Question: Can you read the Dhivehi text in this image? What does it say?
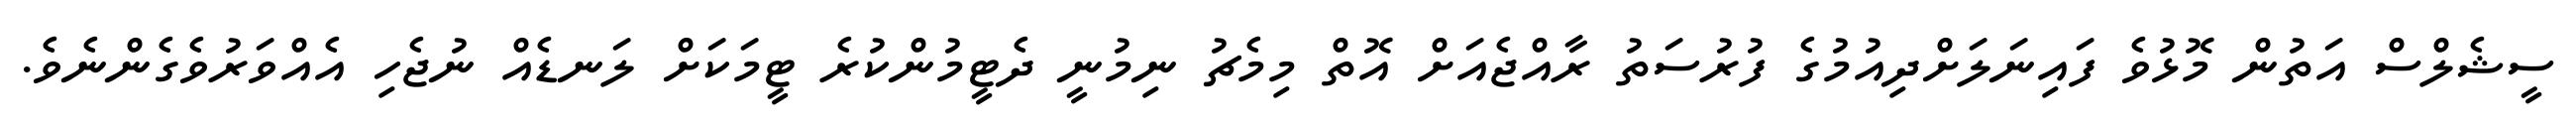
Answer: ސީޝެލްސް އަތުން މޮޅުވެ ފައިނަލަށްދިއުމުގެ ފުރުސަތު ރާއްޖެއަށް އޮތް މިމެޗު ނިމުނީ ދެޓީމުންކުރެ ޓީމަކަށް ލަނޑެއް ނުޖެހި އެއްވަރުވެގެންނެވެ.